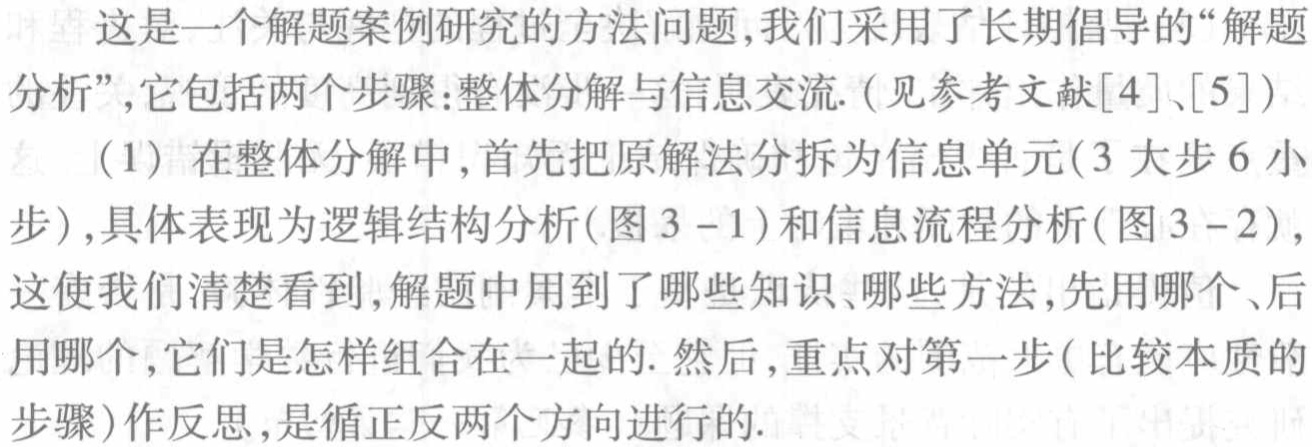
这是一个解题案例研究的方法问题,我们采用了长期倡导的“解题
分析”,它包括两个步骤:整体分解与信息交流. (见参考文献[4]、[5])
（1）在整体分解中,首先把原解法分拆为信息单元(3 大步 6 小
步),具体表现为逻辑结构分析(图 3 -1)和信息流程分析(图 3 -2),
这使我们清楚看到,解题中用到了哪些知识、哪些方法,先用哪个、后
用哪个,它们是怎样组合在一起的. 然后,重点对第一步(比较本质的
步骤)作反思,是循正反两个方向进行的.